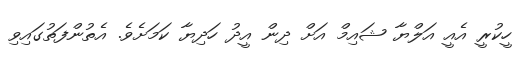
ހީކުރީ އެއީ އަލްޔާ ޝައިމް އަށް ދިން އީދު ހަދިޔާ ކަމަށެވެ. އެތުންފަތުގައިވި